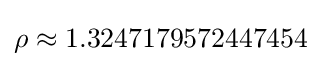
\rho \approx 1.3247179572447454